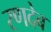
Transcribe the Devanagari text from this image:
रणदेब